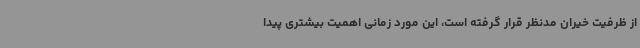
از ظرفیت خیران مدنظر قرار گرفته است، این مورد زمانی اهمیت بیشتری پیدا